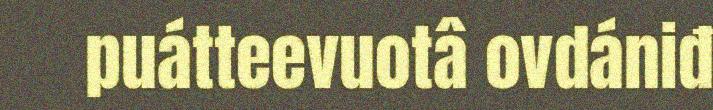
puátteevuotâ ovdániđ